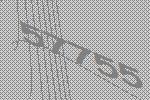
57755